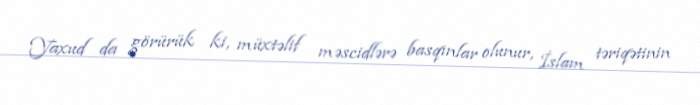
Yaxud da görürük ki, müxtəlif məscidlərə basqınlar olunur, İslam təriqətinin